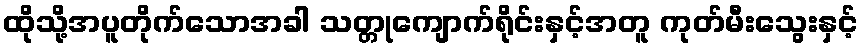
ထိုသို့အပူတိုက်သောအခါ သတ္တုကျောက်ရိုင်းနှင့်အတူ ကုတ်မီးသွေးနှင့်